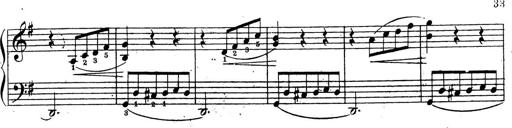
Title: 10 Sonatinas
Composer: Fritz Spindler